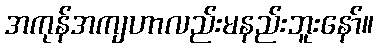
အကုန်အကျဟာလည်းမနည်းဘူးနော်။